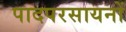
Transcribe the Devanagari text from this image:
पादपरसायनों